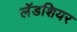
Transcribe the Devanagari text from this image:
लॅडशियर